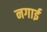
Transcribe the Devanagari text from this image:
नगाई